Civil Veterinary Dept. Bombay admin report 1923-31 - 1923-1931
Year: 1923
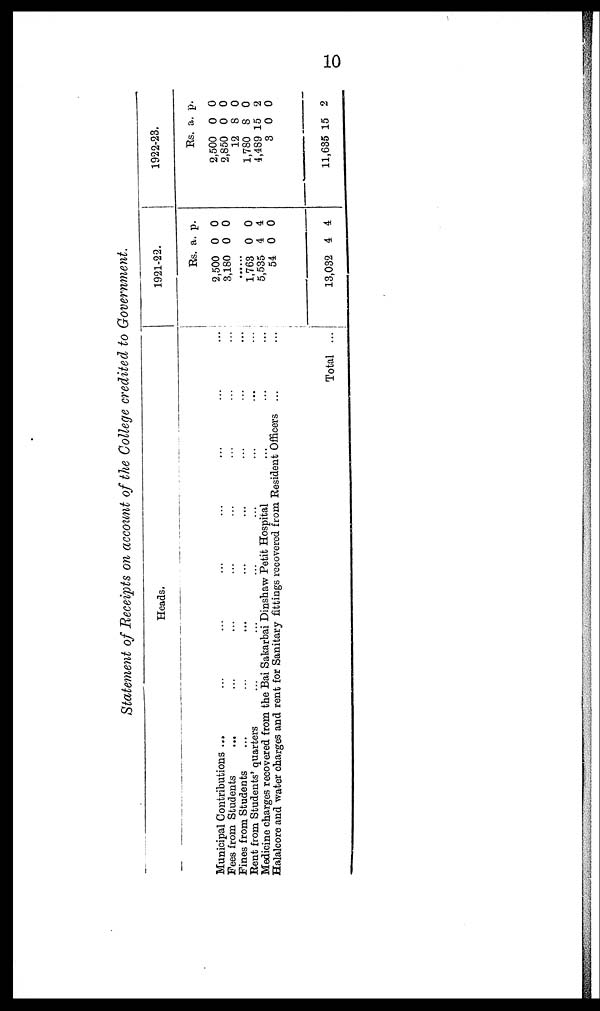
10
Statement of Receipts on account of the College credited, to Government.
Heads.
Municipal Contributions ... ... ... ... ... ... ... ...
Fees from Students ... ... ... ... ... ... ... ...
Fines from Students ... ... ... ... ... ... ...
Rent from Students' quarters ... ... ... ... ... ... ...
Medicine charges recovered from the Bai Sakarbai Dinshaw Petit Hospital ... ... ... ...
Halalcore and water charges and rent for Sanitary fittings recovered from Resident Officers... ...
Total
...
1921-22.
Rs.
2,500
3,180
..
1,763
5,535
54
13,032
a.
0
0
..
0
4
0
4
p.
0
0
..
0
4
0
4
1922-23.
Rs.
2,500
2,850
12
1,780
4,489
3
11,635
a.
0
0
8
8
15
0
15
p.
0
0
0
0
2
0
2